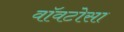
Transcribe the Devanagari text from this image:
वॉवटोसा